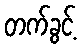
တက်ခွင့်